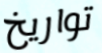
تواريخ